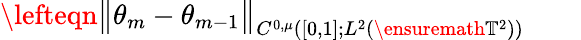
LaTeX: \begin{array}{rl}{\lefteqn{\big\| \theta_{m}-\theta_{m-1}\big\| _{C^{0,\mu}([0,1];L^{2}(\ensuremath{\mathbb{T}}^{2}))}}\quad}&{{}}\end{array}